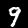
Digit: 9